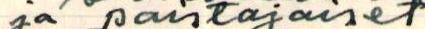
ja paistajaiset